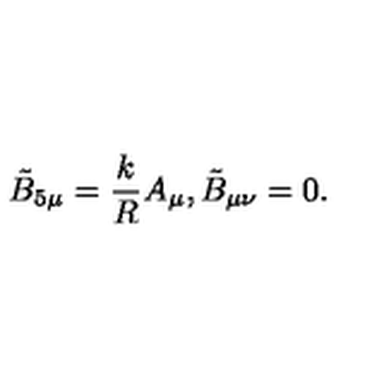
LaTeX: \tilde { B } _ { 5 \mu } = \frac { k } { R } A _ { \mu } , \tilde { B } _ { \mu \nu } = 0 .